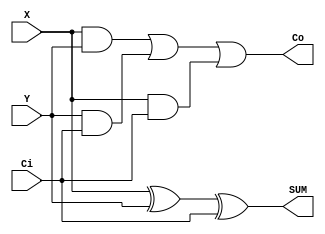
// Copyright (C) 2020  Intel Corporation. All rights reserved.
// Your use of Intel Corporation's design tools, logic functions 
// and other software and tools, and any partner logic 
// functions, and any output files from any of the foregoing 
// (including device programming or simulation files), and any 
// associated documentation or information are expressly subject 
// to the terms and conditions of the Intel Program License 
// Subscription Agreement, the Intel Quartus Prime License Agreement,
// the Intel FPGA IP License Agreement, or other applicable license
// agreement, including, without limitation, that your use is for
// the sole purpose of programming logic devices manufactured by
// Intel and sold by Intel or its authorized distributors.  Please
// refer to the applicable agreement for further details, at
// https://fpgasoftware.intel.com/eula.

// PROGRAM		"Quartus Prime"
// VERSION		"Version 20.1.0 Build 711 06/05/2020 SJ Standard Edition"
// CREATED		"Tue Oct 13 16:27:35 2020"

module full_adder(
	X,
	Y,
	Ci,
	SUM,
	Co
);


input wire	X;
input wire	Y;
input wire	Ci;
output wire	SUM;
output wire	Co;

wire	SYNTHESIZED_WIRE_0;
wire	SYNTHESIZED_WIRE_1;
wire	SYNTHESIZED_WIRE_2;
wire	SYNTHESIZED_WIRE_3;




assign	SYNTHESIZED_WIRE_0 = X ^ Y;

assign	SUM = SYNTHESIZED_WIRE_0 ^ Ci;

assign	Co = SYNTHESIZED_WIRE_1 | SYNTHESIZED_WIRE_2 | SYNTHESIZED_WIRE_3;

assign	SYNTHESIZED_WIRE_3 = X & Ci;

assign	SYNTHESIZED_WIRE_1 = X & Y;

assign	SYNTHESIZED_WIRE_2 = Y & Ci;


endmodule